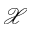
\mathcal { X }